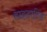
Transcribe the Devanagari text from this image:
हाइडाटिड